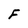
Character: F